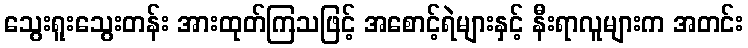
သွေးရူးသွေးတန်း အားထုတ်ကြသဖြင့် အစောင့်ရဲများနှင့် နီးရာလူများက အတင်း